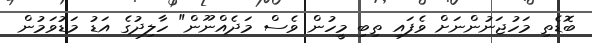
ބޮޑެތި މަހުޖަނުންނަށް ވެފައި ތިބި މީހުން ވެސް މަދެއްނޫން" ހާލިދުގެ އަޑު މަޑުވަމުން